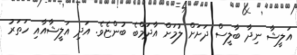
އަލީޝާ ނިދާ ބާލީސް ދަށަށް ލުމަށް އާދަމްބެ ބުންޏެވެ. އަދި އަލީޝާއާއި ހަތަރު